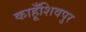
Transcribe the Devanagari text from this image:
काहूँशिवपुर